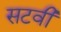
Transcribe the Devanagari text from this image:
सटवी